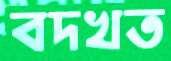
বদখত